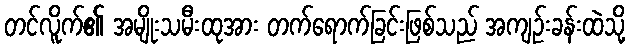
တင်လိူက်၏ အမျိုးသမီးထုအား တက်ရောက်ခြင်းဖြစ်သည် အကျဉ်းခန်းထဲသို့